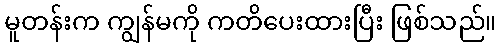
မူတန်းက ကျွန်မကို ကတိပေးထားပြီး ဖြစ်သည်။